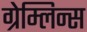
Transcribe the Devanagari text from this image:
ग्रेम्लिन्स